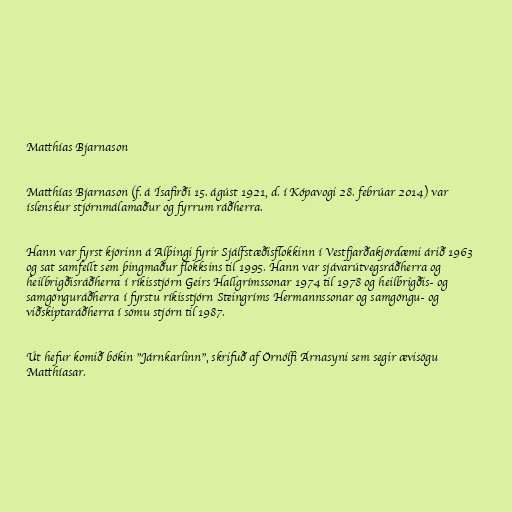
Matthías Bjarnason

Matthías Bjarnason (f. á Ísafirði 15. ágúst 1921, d. í Kópavogi 28. febrúar 2014) var
íslenskur stjórnmálamaður og fyrrum ráðherra.

Hann var fyrst kjörinn á Alþingi fyrir Sjálfstæðisflokkinn í Vestfjarðakjördæmi árið 1963
og sat samfellt sem þingmaður flokksins til 1995. Hann var sjávarútvegsráðherra og
heilbrigðisráðherra í ríkisstjórn Geirs Hallgrímssonar 1974 til 1978 og heilbrigðis- og
samgönguráðherra í fyrstu ríkisstjórn Steingríms Hermannssonar og samgöngu- og
viðskiptaráðherra í sömu stjórn til 1987.

Út hefur komið bókin "Járnkarlinn", skrifuð af Örnólfi Árnasyni sem segir ævisögu
Matthíasar.